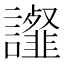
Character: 𧭸